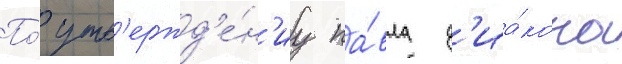
По́ утв'ержд'е́н'иу па́вла д'иа́кона